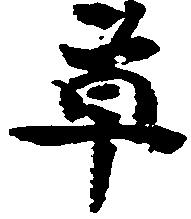
草